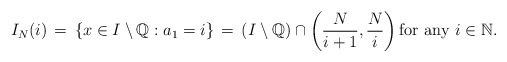
\begin{align*}I_N(i) \,= \,\{x \in I \setminus {\mathbb{Q}}: a_1 = i \}\,=\,\left( I \setminus {\mathbb{Q}}\right) \cap \left(\frac{N}{i+1}, \frac{N}{i}\right)\mbox{for any }i \in \mathbb{N}. \end{align*}